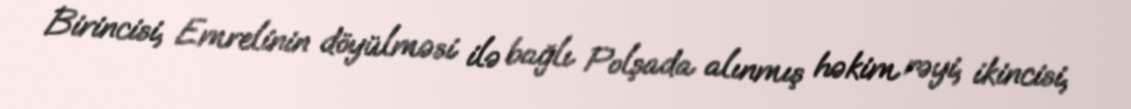
Birincisi, Emrelinin döyülməsi ilə bağlı Polşada alınmış həkim rəyi, ikincisi,